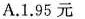
A.1.95元